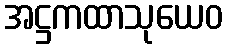
အဋ္ဌကထာသုယေဝ